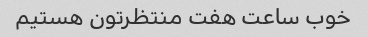
خوب ساعت هفت منتظرتون هستیم